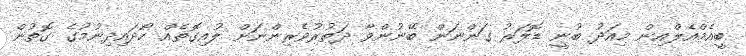
ބީއެމްއެލްއިން މިއަދު ބުނީ ޑޮލަރު ގަންނަން ބޭނުންވާ ދަތުރުވެރިންނަށް ލުއިގޮތެއް ހޯދައިދިނުމުގެ ގޮތުން